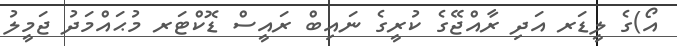
އޯ)ގެ ލީޑަރ އަދި ރާއްޖޭގެ ކުރީގެ ނައިބް ރައީސް ޑޮކްޓަރ މުޙައްމަދު ޖަމީލު